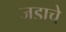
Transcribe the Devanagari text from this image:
जडाचे